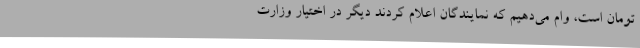
تومان است، وام می‌دهیم که نمایندگان اعلام کردند دیگر در اختیار وزارت